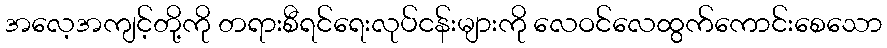
အလေ့အကျင့်တို့ကို တရားစီရင်ရေးလုပ်ငန်းများကို လေဝင်လေထွက်ကောင်းစေသော